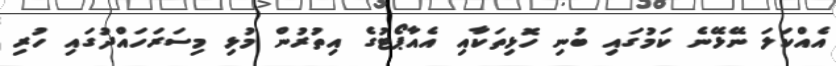
އެއްކަލަ ނޭޅޭނެ ކަމުގައި ބުނި ހޮޅިތަކާއި އެއާޕޯޓުގެ އިތުރުން މުޅި މިސަރަހައްދުގައި ހުރި